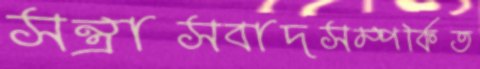
সন্ত্রাসবাদসম্পর্কিত